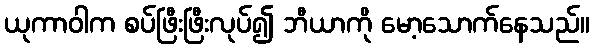
ယုကာဝါက စပ်ဖြီးဖြီးလုပ်၍ ဘီယာကို မော့သောက်နေသည်။